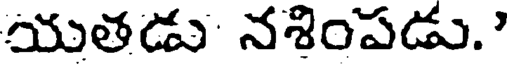
యతడు నశింపడు."